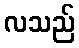
လသည်